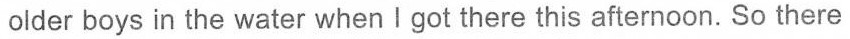
older boys in the water when I got there this afternoon. So there